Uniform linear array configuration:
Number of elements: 12
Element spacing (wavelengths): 0.5
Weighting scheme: kaiser
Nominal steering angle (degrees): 60
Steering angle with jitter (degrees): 59.246
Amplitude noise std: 0.05
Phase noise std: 0.05

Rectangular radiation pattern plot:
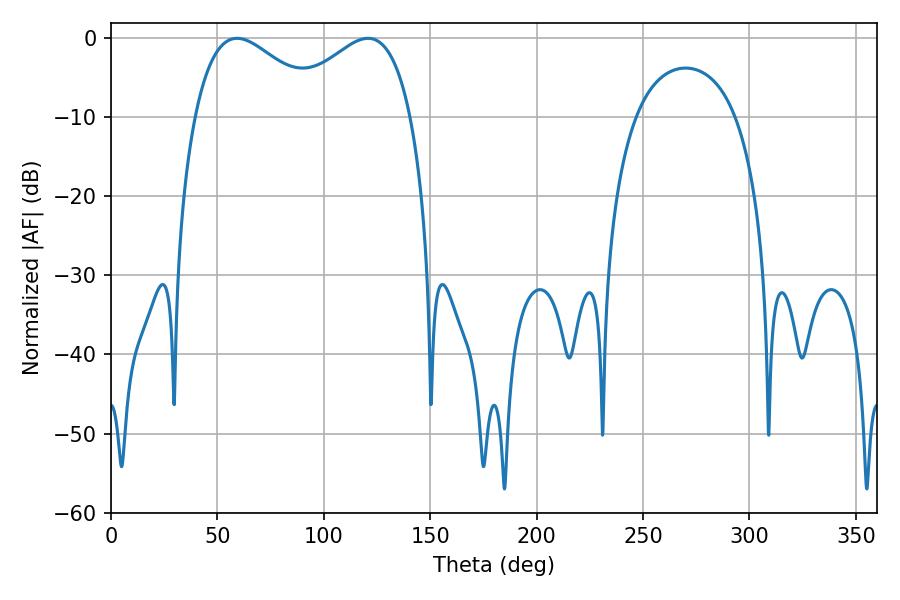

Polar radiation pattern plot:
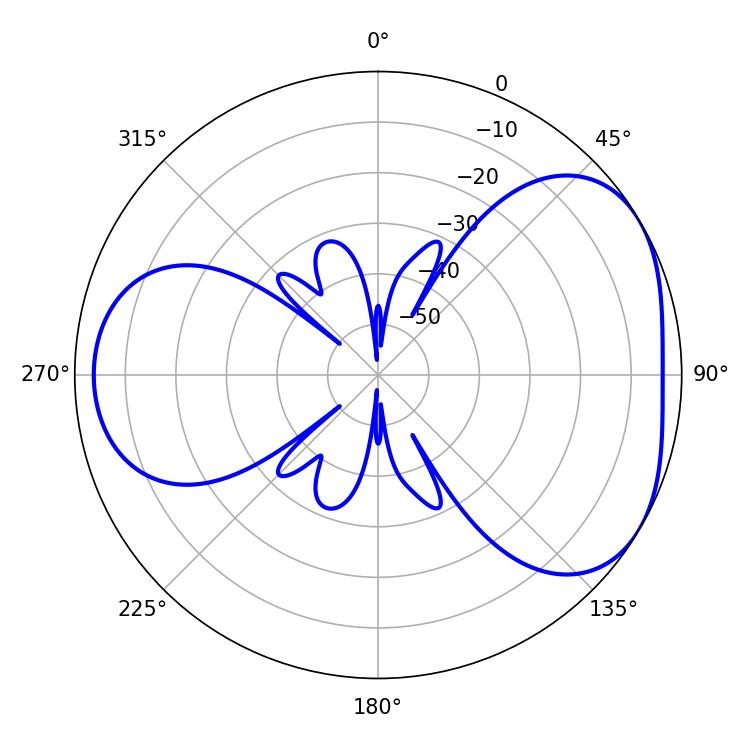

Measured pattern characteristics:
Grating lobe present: FALSE
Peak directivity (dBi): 4.21
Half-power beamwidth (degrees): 32.94
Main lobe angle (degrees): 59.22